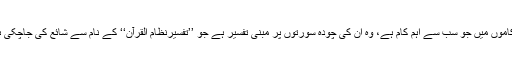
ان کاموں میں جو سب سے اہم کام ہے، وہ ان کی چودہ سورتوں پر مبنی تفسیر ہے جو ’’تفسیرنظام القرآن‘‘ کے نام سے شائع کی جاچکی ہے۔